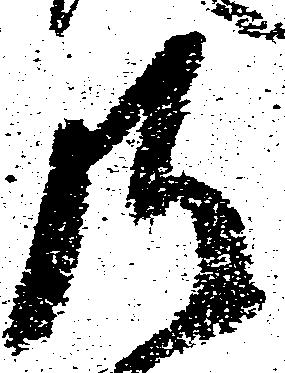
彼